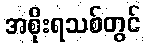
အစိုးရသစ်တွင်